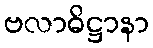
ဗလာဓိဋ္ဌာနာ